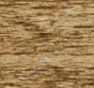
بالغناء